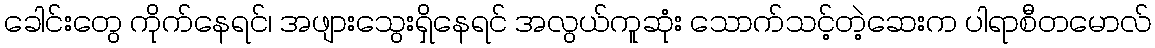
ခေါင်းတွေ ကိုက်နေရင်၊ အဖျားသွေးရှိနေရင် အလွယ်ကူဆုံး သောက်သင့်တဲ့ဆေးက ပါရာစီတမောလ်